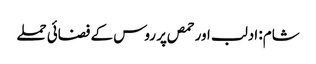
شام: ادلب اور حمص پر روس کے فضائی حملے